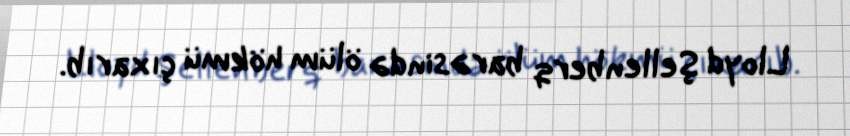
Lloyd Şellenberq barəsində ölüm hökmü çıxarıb.